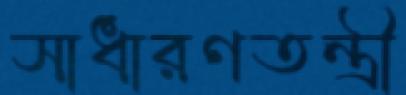
সাধারণতন্ত্রী